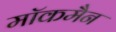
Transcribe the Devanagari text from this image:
मॉकमैन